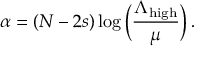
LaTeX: \alpha = ( N - 2 s ) \log \Big ( \frac { \Lambda _ { \mathrm { h i g h } } } { \mu } \Big ) \, .